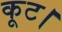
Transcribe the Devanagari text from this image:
कूट।